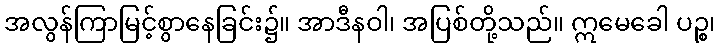
အလွန်ကြာမြင့်စွာနေခြင်း၌။ အာဒီနဝါ၊ အပြစ်တို့သည်။ ဣမေခေါ ပဉ္စ၊